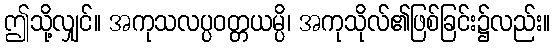
ဤသို့လျှင်။ အကုသလပ္ပဝတ္တယမ္ပိ၊ အကုသိုလ်၏ဖြစ်ခြင်း၌လည်း။